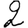
Digit: 2